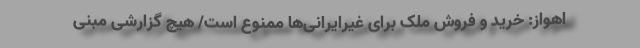
اهواز: خرید و فروش ملک برای غیرایرانی‌ها ممنوع است/ هیچ گزارشی مبنی